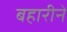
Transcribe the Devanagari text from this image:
बहारीने